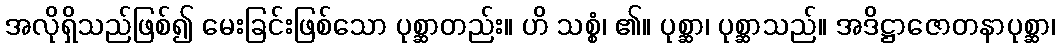
အလိုရှိသည်ဖြစ်၍ မေးခြင်းဖြစ်သော ပုစ္ဆာတည်း။ ဟိ သစ္စံ၊ ၏။ ပုစ္ဆာ၊ ပုစ္ဆာသည်။ အဒိဋ္ဌာဇောတနာပုစ္ဆာ၊